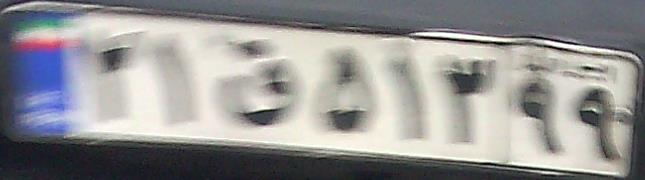
۲۱ق۵۱۳۹۹